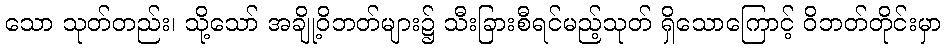
သော သုတ်တည်း၊ သို့သော် အချို့ဝိဘတ်များ၌ သီးခြားစီရင်မည့်သုတ် ရှိသောကြောင့် ဝိဘတ်တိုင်းမှာ